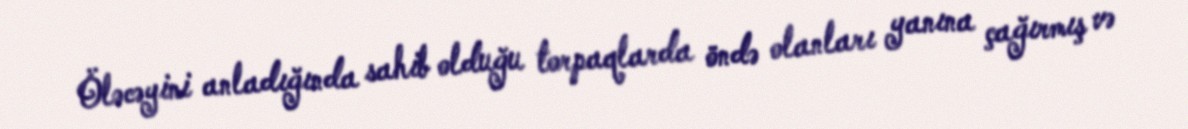
Öləcəyini anladığında sahib olduğu torpaqlarda öndə olanları yanına çağırmış və